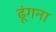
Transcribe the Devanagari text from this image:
ढूंगना